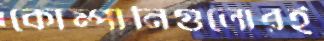
কোম্পানিগুলোরই